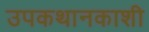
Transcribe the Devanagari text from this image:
उपकथानकाशी